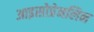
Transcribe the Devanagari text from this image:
आइसोप्रेनलिन